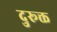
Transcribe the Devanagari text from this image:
दुरूक्त